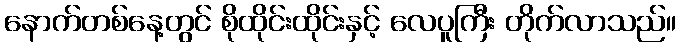
နောက်တစ်နေ့တွင် စိုထိုင်းထိုင်းနှင့် လေပူကြီး တိုက်လာသည်။